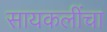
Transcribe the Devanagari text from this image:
सायकलींचा